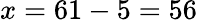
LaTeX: x=61-5=56